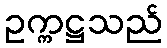
ဥက္ကဋ္ဌသည်